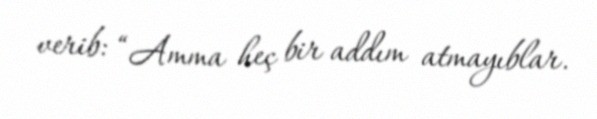
verib: “Amma heç bir addım atmayıblar.